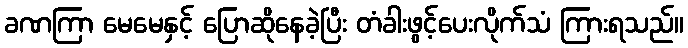
ခဏကြာ မေမေနှင့် ပြောဆိုနေခဲ့ပြီး တံခါးဖွင့်ပေးလိုက်သံ ကြားရသည်။